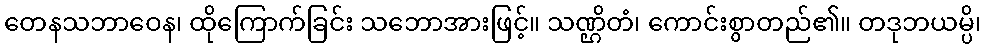
တေနသဘာဝေန၊ ထိုကြောက်ခြင်း သဘောအားဖြင့်။ သဏ္ဌိတံ၊ ကောင်းစွာတည်၏။ တဒုဘယမ္ပိ၊